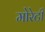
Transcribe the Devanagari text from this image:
मोरेटी